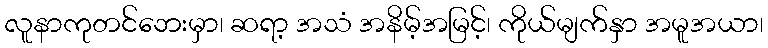
လူနာကုတင်ဘေးမှာ၊ ဆရာ့ အသံ အနိမ့်အမြင့်၊ ကိုယ်မျက်နှာ အမူအယာ၊